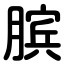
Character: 膑